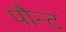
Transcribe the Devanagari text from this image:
पौन्ट